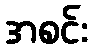
အစင်း